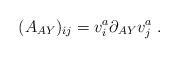
LaTeX: \begin{align*}(A_{AY})_{ij} =v^a_i\partial_{AY}v^a_j\; .\end{align*}